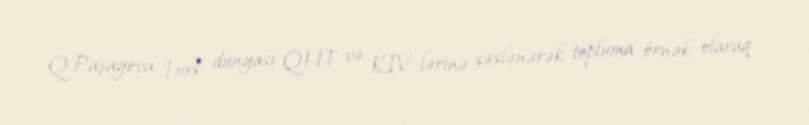
Q.Paşayeva Türk dünyası QHT və KİV-lərinə səslənərək topluma örnək olaraq